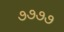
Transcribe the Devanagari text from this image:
७७७७